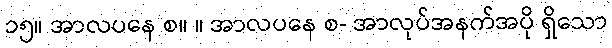
၁၅။ အာလပနေ စ။ ။ အာလပနေ စ- အာလုပ်အနက်အပို ရှိသော